Calcutta medical institutions reports 1879-81 [i.e.91]
Year: 1879
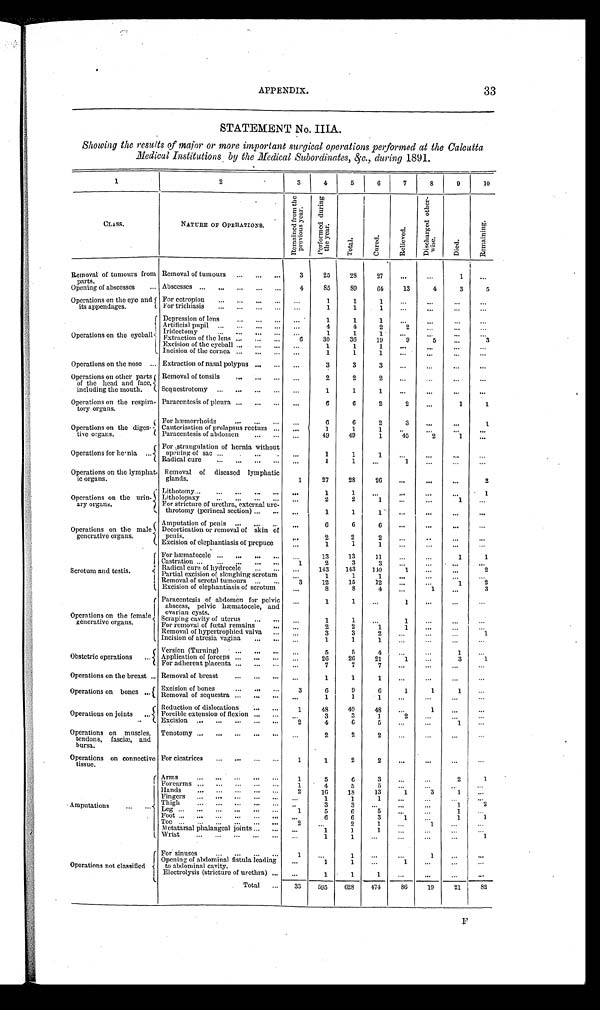
APPENDIX.
33
STATEMENT No. IIIA.
Showing the results of major or more important surgical operations performed at the Calcutta
Medical Institutions by the Medical Subordinates, &c., during 1891.
1
2
3
4
5
6
7
8
9
10
CLASS.
NATURE OF OPERATIONS.
R e m a i n e d f r o m t h e p r e v i o u s y e a r .
P e r f o r m e d d u r i n g t h e y e a r .
T o t a l .
C u r e d .
R e l i e v e d .
D i s c h a r g e d o t h e r - w i s e
D i e d .
R e m a i n i n g .
Removal of tumours from
parts.
Removal of tumours . . .
3
25
28
27
. . .
. . .
1 . . .
Abscesses . . .
4
85
89
64
13
4
3
5
Opening of abscesses . . .
Operations on the eye and
its appendages.
For cctropion . . .
. . .
1
1
1
. . .
. . .
. . . . . .
For trichiasis . . .
. . .
1
1
1
. . .
. . .
. . . . . .
Operations on the eyeball.
Depression of lens . . .
. . .
1
1
1
. . .
. . .
. . . . . .
Artificial pupil . . .
. . .
4
4
2
2
. . .
. . . . . .
Iridectomy . . .
. . .
1
1
1 . . . . . .
. . . . . .
Extraction of the lens . . .
6
30
36
19 9
5
. . .
3
Excision of the eyeball . . .
. . .
1
1
1 . . .
. . .
. . . . . .
Incision of the cornea . . .
. . .
1
1
1 . . .
. . .
. . . . . .
Operations on the nose . . . Extraction of nasal polypus . . .
. . .
3
3
3
. . .
. . .
. . . . . .
Operations on other parts
of the head and face,
including the mouth.
Removal of tonsils . . .
. . .
2
2
2
. . .. . .
. . . . . .
Sequestrotomy . . .
. . .
1
1
1
. . .
. . .
. . . . . .
Operations on the respira
-tory organs.
Paracentesis of pleura . . .
. . .
6
6
2
2
. . .
1
1
Operations on the diges-
tive organs.
For hæmorrhoids . . .
. . .
6
6
2
3
. . .
. . .
1
Cauterisation of prolapsus rectum . . .
. . .
1
1
1 . . .
. . .
. . . . . .
Paracentesis of abdomen . . .
. . . 49
49
1
45
2
1
. . .
Operations for hernia . . .
For strangulation of hernia without
opening of sac . . .
. . .
1
1
1
. . .
. . .
. . . . . .
Radical cure . . .
. . .
1
1
. . .
1
. . .
. . . . . .
Operations on the lymphat
-ic organs.
Removal of diseased lymphatic
glands.
1
27
28
26
. . .
. . .
. . .
2
Operations on the urin - a r y o r g a n s .
Lithotomy . . .
. . .
1
1
. . .
. . .
. . .
. . .
1
Litholopaxy . . .
. . .
2
2
1
. . .. . .
1
. . .
For stricture of urethra, external
ure-throtomy (perineal section) . . .
. . .
1
1
1
. . .
. . .
. . . . . .
Operations on the male
generative organs.
Amputation of penis . . .
. . .
6
6
6
. . .
. . .
. . . . . .
Decortication or removal of skin of
penis.
. . .
2
2
2
. . .
. . .
. . . . . .
Excision of elephantiasis of prepuce.
. . .
1
1
1
. . . . . .
. . .
. . .
Scrotum and testis.
For hæmatocele . . .
. . .
13
13
1 1
. . .
. . .
1
1
Castration . . .
1
2
3
3
. . .
. . . . . .
. . .
Radical cure of hydrocele . . .
. . .
143
143
140
1
. . .
. . .
2
Partial excision of sloughing scrotum . . .
1
1
1
. . .
. . .
. . . . . .
Removal of scrotal tumours . . .
3
12
15
12
. . .
. . .
1
2
Excision of elephantiasis of scrotum
. . .
8
8
4
. . .
1
. . .
3
Operations on the female
generative organs.
Paracentesis of abdomen for pelvic
abscess, pelvic hæmatocele, and
ovarian cysts.
. . .
1
1
. . .
1
. . .
. . . . . .
Scraping cavity of uterus . . .
. . .
1
1
. . .
1
. . .
. . . . . .
For removal of fœtal remains . . .
. . .
2
2
1
1
. . .
. . .
. . .
Removal of hypertrophied valva . . .
. . .
3
3
2
. . . . . .
. . .
1
Incision of atresia vagina . . .
. . .
1
1
1
. . .
. . .
. . .
. . .
Obstetric operations . . .
Version (Turning) . . .
. . .
5
5
4
. . .
. . .
1
. . .
Application of forceps . . .
. . .
26
26
21
1
. . .
3
1
For adherent placenta . . .
. . .
7
7
7 . . .
. . .
. . . . . .
Operations on the breast . . . Removal of breast . . .
. . .
1
1
1
. . .
. . .
. . .
. . .
Operations on bones . . . Excision of bones . . .
3
6
9
6
1
1
1
. . .
Removal of sequestra . . .
. . .
1
1
1 . . .
. . .
. . .
. . .
Operations on joints . . .
Reduction of dislocations . . .
1
48
49
48
. . .
1
. . . . . .
Forcible extension of flexion . . .
. . .
3
3
1
2
. . . . . .
. . .
Excision . . .
2
4
6
5
. . .
. . .
1
. . .
Operations on muscles,
tendons, fasciæ, and
bursa.
Tenotomy . . .
. . .
2
2
2
. . .
. . .
. . . . . .
Operations on connective
tissue.
For cicatrices . . .
1
1
2
2
. . .
. . .
. . . . . .
Amputations . . .
Arms . . .
1
5
6
3
. . .. . .
2
1
Forearms . . .
1
4
5
5
. . . . . .
. . . . . .
Hands . . .
2
16
18
13
1 3
1
. . .
Fingers . . .
. . . 1
1
1
. . . . . .
. . .
. . .
Thigh . . .
. . .
3
3
. . .
. . .
. . .
1
. 2 . .
L e g . . .
1
5
6
5
. . .. . . 1
. . .
Foot . . .
. . .
1
1
. . .
6
6
3
1
Toe . . .
2
. . .
2
1
. . .
1 . . .
. . .
Metatarsal phalangcal joints . . .
. . . 1
1
1
. . .
. . .
. . .
. . .
Wrist . . .
. . .
1
1
. . .
. . .
. . .
. . .
1
Operations not classified
For sinuses . . .
1 . . .
1
. . .
. . .
1
. . . . . .
Opening of abdominal fistula leading
to abdominal cavity.
. . . 1
1
. . .
1
. . .
. . .
. . .
. . .
1
1
1
. . .
. . .
. . . . . .
Electrolysis (stricture of urethra) . . .
Total . . . 33
595
628
474
86
19
21
82